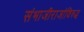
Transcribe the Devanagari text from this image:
संभाजीराजांविरुद्ध